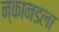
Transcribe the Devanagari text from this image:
न्कानडला